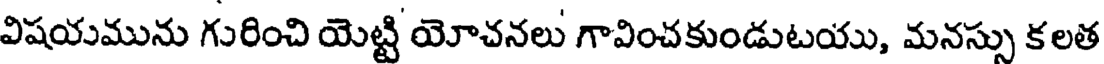
విషయమును గురించి యెట్టి యోచనలు గావించకుండుటయు, మనస్సు కలత